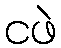
ငဖဲ